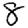
Digit: 8